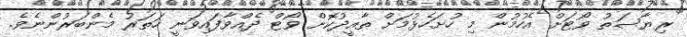
ރިޔާސަތު ވޯޓަށް އެހުމުން މި ހުށަހެޅުމަށް ތާއީދުކޮށް ވޯޓް ދެއްވާފައިވަނީ ހަތަރު މެންބަރުންނެވެ.